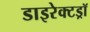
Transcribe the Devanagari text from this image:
डाइरेक्टड्रॉ